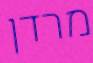
מרדן